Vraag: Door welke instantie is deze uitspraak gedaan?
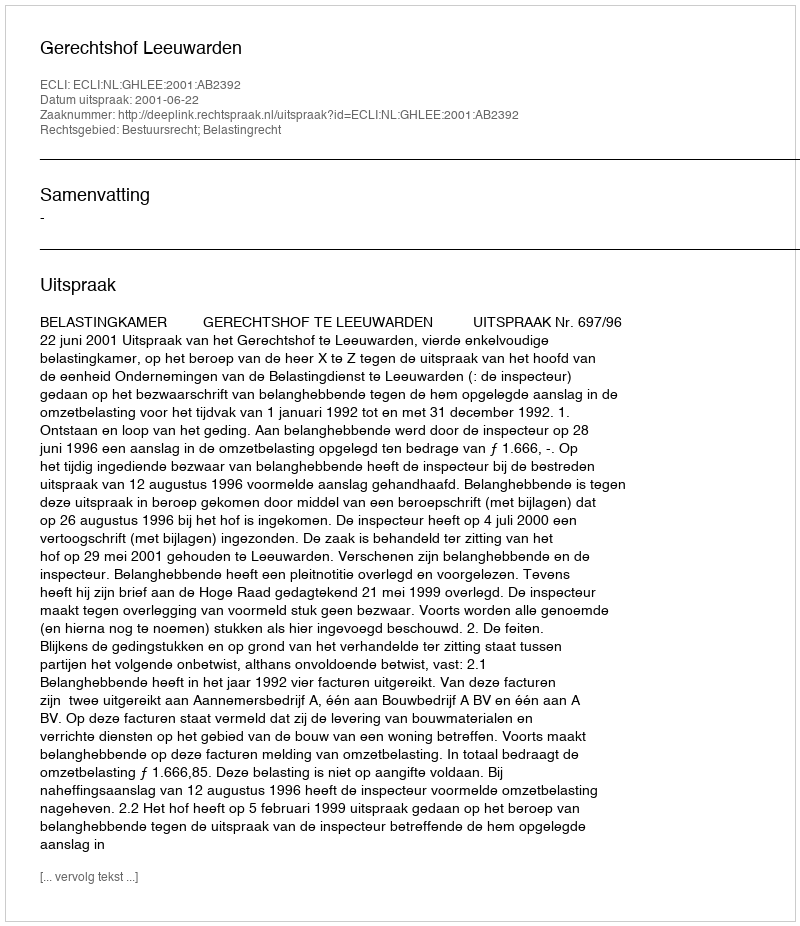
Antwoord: Gerechtshof Leeuwarden